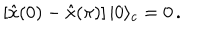
LaTeX: \left[ \hat { x } ( 0 ) - \hat { x } ( \pi ) \right] | 0 \rangle _ { c } = 0 \, .